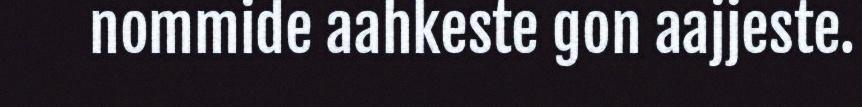
nommide aahkeste gon aajjeste.